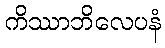
ကိဿာဘိလေပနံ